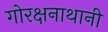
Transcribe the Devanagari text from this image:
गोरक्षनाथानी